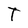
Character: T